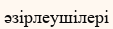
әзірлеушілері